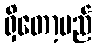
ရှိတော့မည်